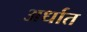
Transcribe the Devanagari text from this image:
अर्धात